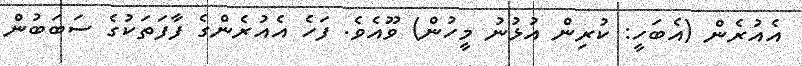
އެއުރެން (އެބަހީ: ކުރިން އުޅުނު މީހުން) ވޫއެވެ. ފަހެ އެއުރެންގެ ފާފަތަކުގެ ސަބަބުން